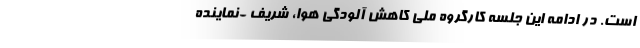
است. در ادامه این جلسه کارگروه ملی کاهش آلودگی هوا، شریف -نماینده